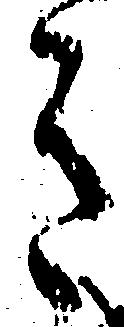
き